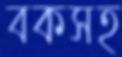
বকসহ